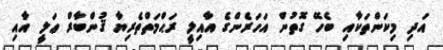
އަދި މިކަންތަކާއި ބެހޭ ގޮތުން އަހަރެންގެ އާއިލީ ރަޙްމަތްތެރިޔާ ޤުންބާރް ޢަލީ އާއި